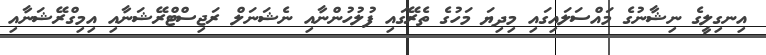
އިނގިލީގެ ނިޝާނުގެ މައްސަލައިގައި މިދިޔަ މަހުގެ ތެރޭގައި ފުލުހުންނާއި ނެޝަނަލް ރަޖިސްޓްރޭޝަނާއި އިމިގްރޭޝަނާއި